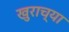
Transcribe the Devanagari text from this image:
खुराच्या